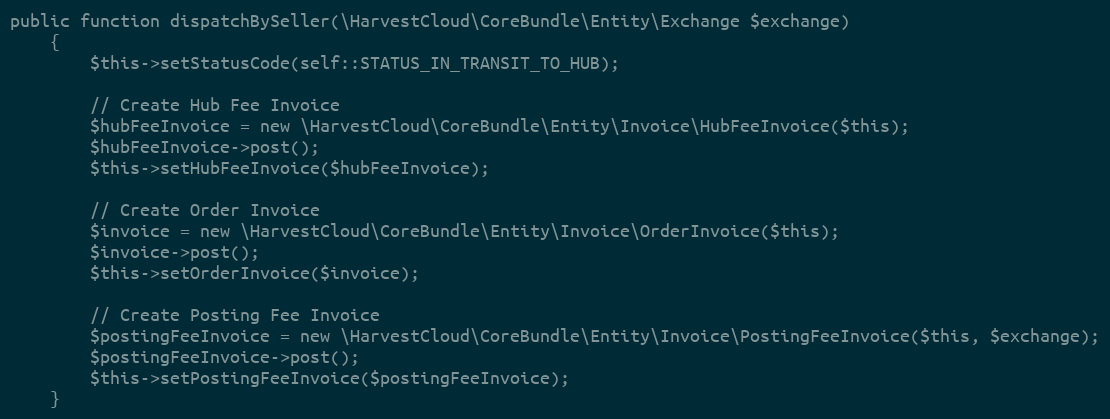
Language: PHP
public function dispatchBySeller(\HarvestCloud\CoreBundle\Entity\Exchange $exchange)
    {
        $this->setStatusCode(self::STATUS_IN_TRANSIT_TO_HUB);

        // Create Hub Fee Invoice
        $hubFeeInvoice = new \HarvestCloud\CoreBundle\Entity\Invoice\HubFeeInvoice($this);
        $hubFeeInvoice->post();
        $this->setHubFeeInvoice($hubFeeInvoice);

        // Create Order Invoice
        $invoice = new \HarvestCloud\CoreBundle\Entity\Invoice\OrderInvoice($this);
        $invoice->post();
        $this->setOrderInvoice($invoice);

        // Create Posting Fee Invoice
        $postingFeeInvoice = new \HarvestCloud\CoreBundle\Entity\Invoice\PostingFeeInvoice($this, $exchange);
        $postingFeeInvoice->post();
        $this->setPostingFeeInvoice($postingFeeInvoice);
    }